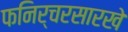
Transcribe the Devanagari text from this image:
फनिर्चरसारखे